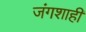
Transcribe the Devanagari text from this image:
जंगशाही